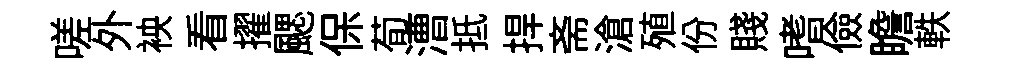
嗟外䘧看擢颸保荀漕抵捍斋滄殖份賤嗜儉瞻軼